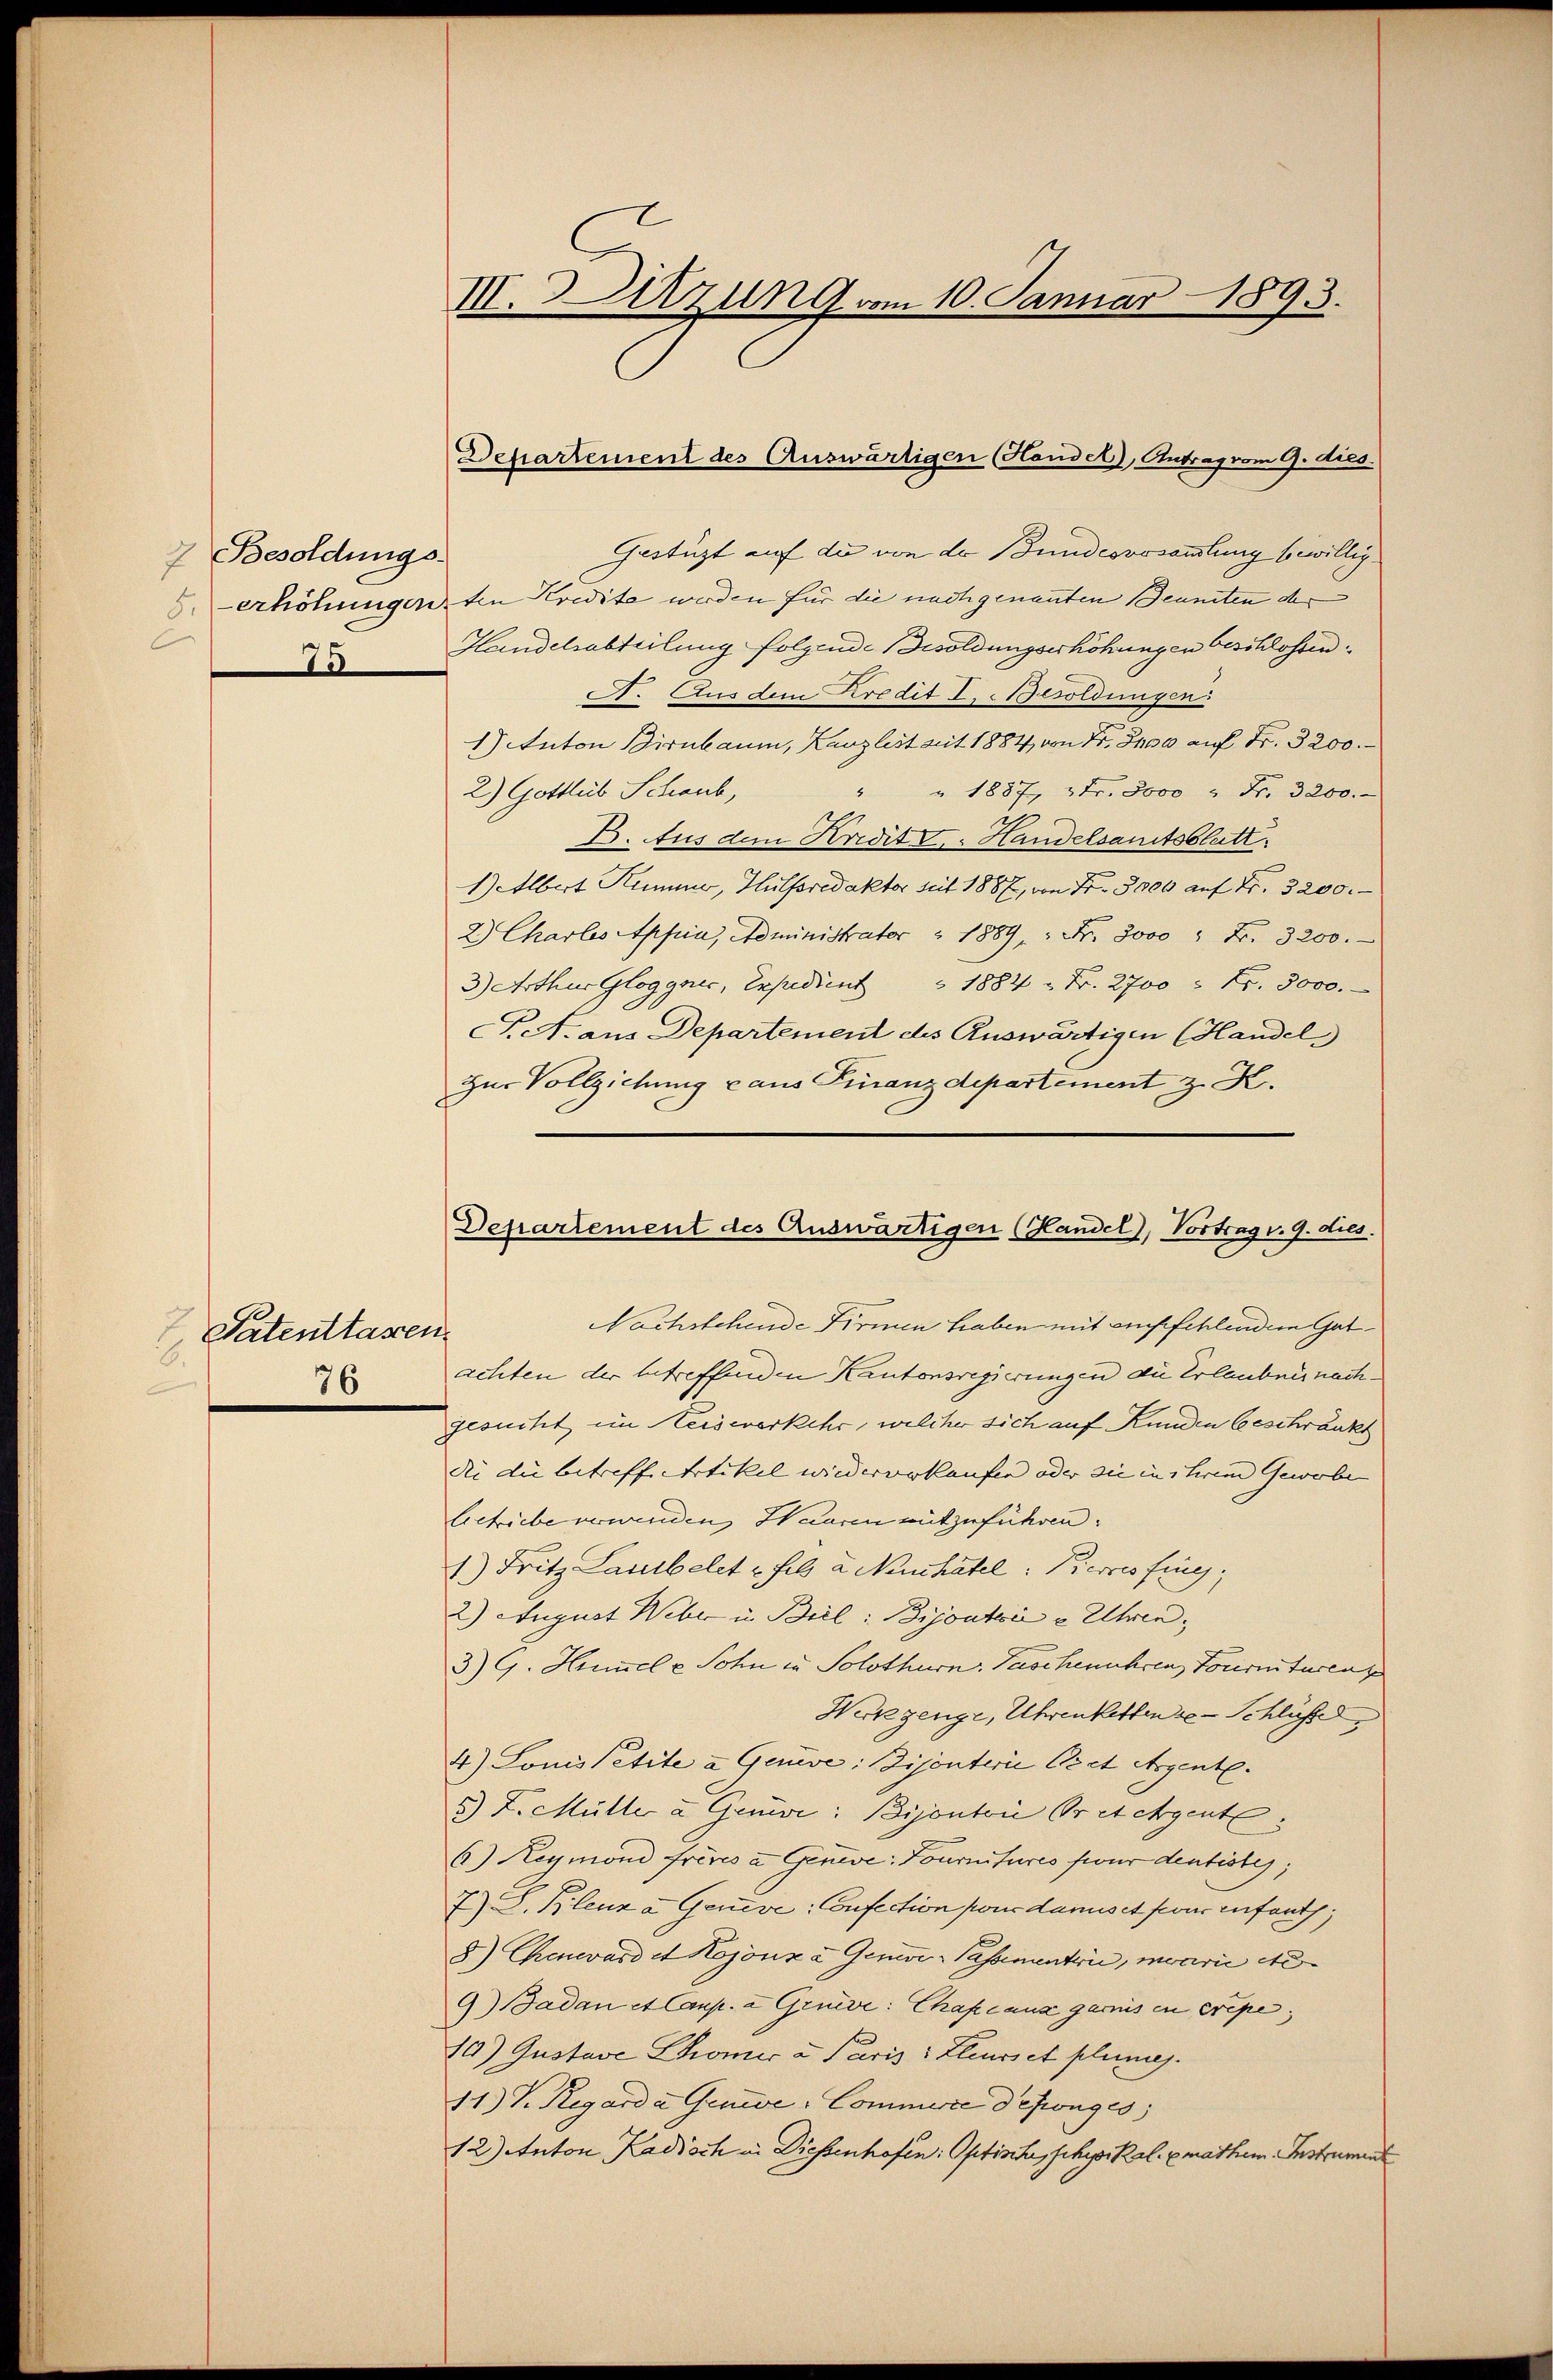
7 Besoldungs
10

Patentlassen.
6.
76

III. izung vom 10. Januar 1893.

Departement des Auswärtigen (Handel), Antrag vom 9. dies

Gestüzt auf die von der Bundesvosammlung bewillig¬
8. erhöhungen, den Kredite werden für die nachgenannten Beunten der
Handelsabteilung folgende Besoldungserhöhungen beschlossen.
. Aus dem Kredit I. Besoldungen
1) Anton Birnbaum, Kanzlist mit 1884, von Fr. 400 auf Fr. 3200.
" 1887, 3 Fr. 8000 " Fr. 3200.
2.) Gottlob Schaub,
E. Aus den Kredit v. Handelsamtsblatt.
1) Albert Kummer, Hülfsredaktor seit 1887, von Fr. 3000 auf Fr. 3200.
2.) Charles Appia, Administrater " 1889, " Fr. 3000 " Fr. 3200.
3) Arthur Gloggnes, Expedient 1884 = Fr. 2700 = Fr. 3000.
A. aus Departement des Auswärtigen Handel
zur Vollziehung aus Finanzdepartement z. K.

Departement des Auswärtigen (Handel, Vortrag v. 9. dies
Nachstehende Firmen haben mit einsfehlendere Gat¬

achten der betreffenden Kantonsregierungen die Erlaubnis nachgesucht im Heiseverkehr, welcher sich auf Kunden beschränkt
die die betreffe Artikel wiederverkaufen oder sie in ihrem Gewobe
letriebe verwenden, Haaren mitzuführen.
1.) Fritz Landbelet v. Feld u. Neuchâtel: Pierres fing,
2) August Weber in Beil: Bijoutoire Ehren,
3) G. Hummel & Sohn in Solothurn. Paschenuhren, Tourniturenz
Werkgenge, Uhrenkettene Schlüßel
4) Louis Petite u Gauve: Bijonterie Peet Argente.
5) Z. Müller u Genie: Bijonton Gretchgentl
6) Reymond frives u. Geneve: Fournitures für dentistes;
7) S. Blenz a Geneve: Confection pour dans et four enfants;
8) Chenward et Kojonz u. Genos-Passementrie, morvii Ne¬
9) Badan et Casp. a Geneve: Chaplang garnis in eripe,
10.) Gustave Chromie a Paris : Eleurs et planes.
11.) V. Regarda Genie-Commerce deponges
12) Anton Kadisch in Diessenhofen: Optinte, schysikal. Emathem Instrument